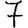
Digit: 7